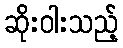
ဆိုးဝါးသည့်